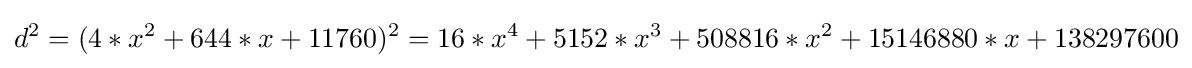
d^{2}=(4*x^{2}+644*x+11760)^{2}=16*x^{4}+5152*x^{3}+508816*x^{2}+15146880*x+138297600